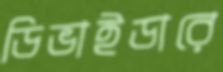
ডিভাইডারে